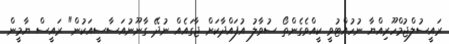
ރައީސުލްޖުމްހޫރިއްޔާ ނުހުއްޓުވީ ކީއްވެގެންތޯ ސުވާލު އުފައްދާކަށް ޖާގައެއް ނުދޭ ގާނޫނުއަސާސީއަކުން" ރައީސް ޔާމީން